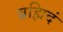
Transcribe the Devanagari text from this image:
ब्रह्मिदं